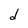
Character: d